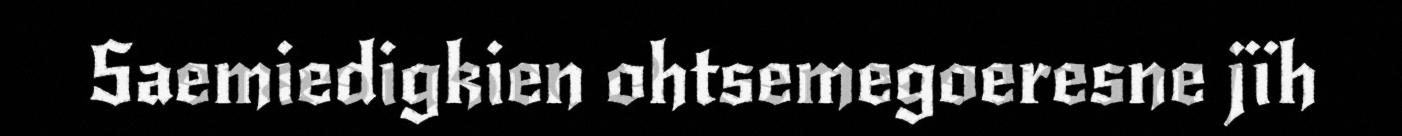
Saemiedigkien ohtsemegoeresne jïh